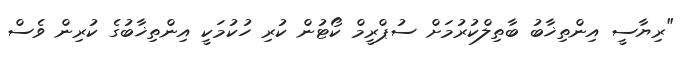
"ރިޔާސީ އިންތިޚާބު ބާތިލްކުރުމަށް ސުޕްރީމް ކޯޓުން ކުރި ހުކުމަކީ އިންތިޚާބުގެ ކުރިން ވެސް